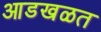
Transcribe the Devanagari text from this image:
आडखळत